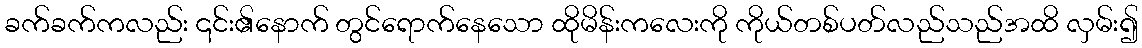
ခက်ခက်ကလည်း ၎င်း၏နောက် တွင်ရောက်နေသော ထိုမိန်းကလေးကို ကိုယ်တစ်ပတ်လည်သည်အထိ လှမ်း၍